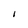
Character: I